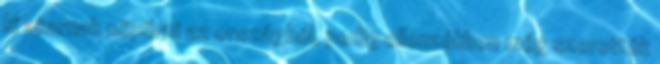
ki akarnak söpörni az országból, pedig ellenzékben még szerették